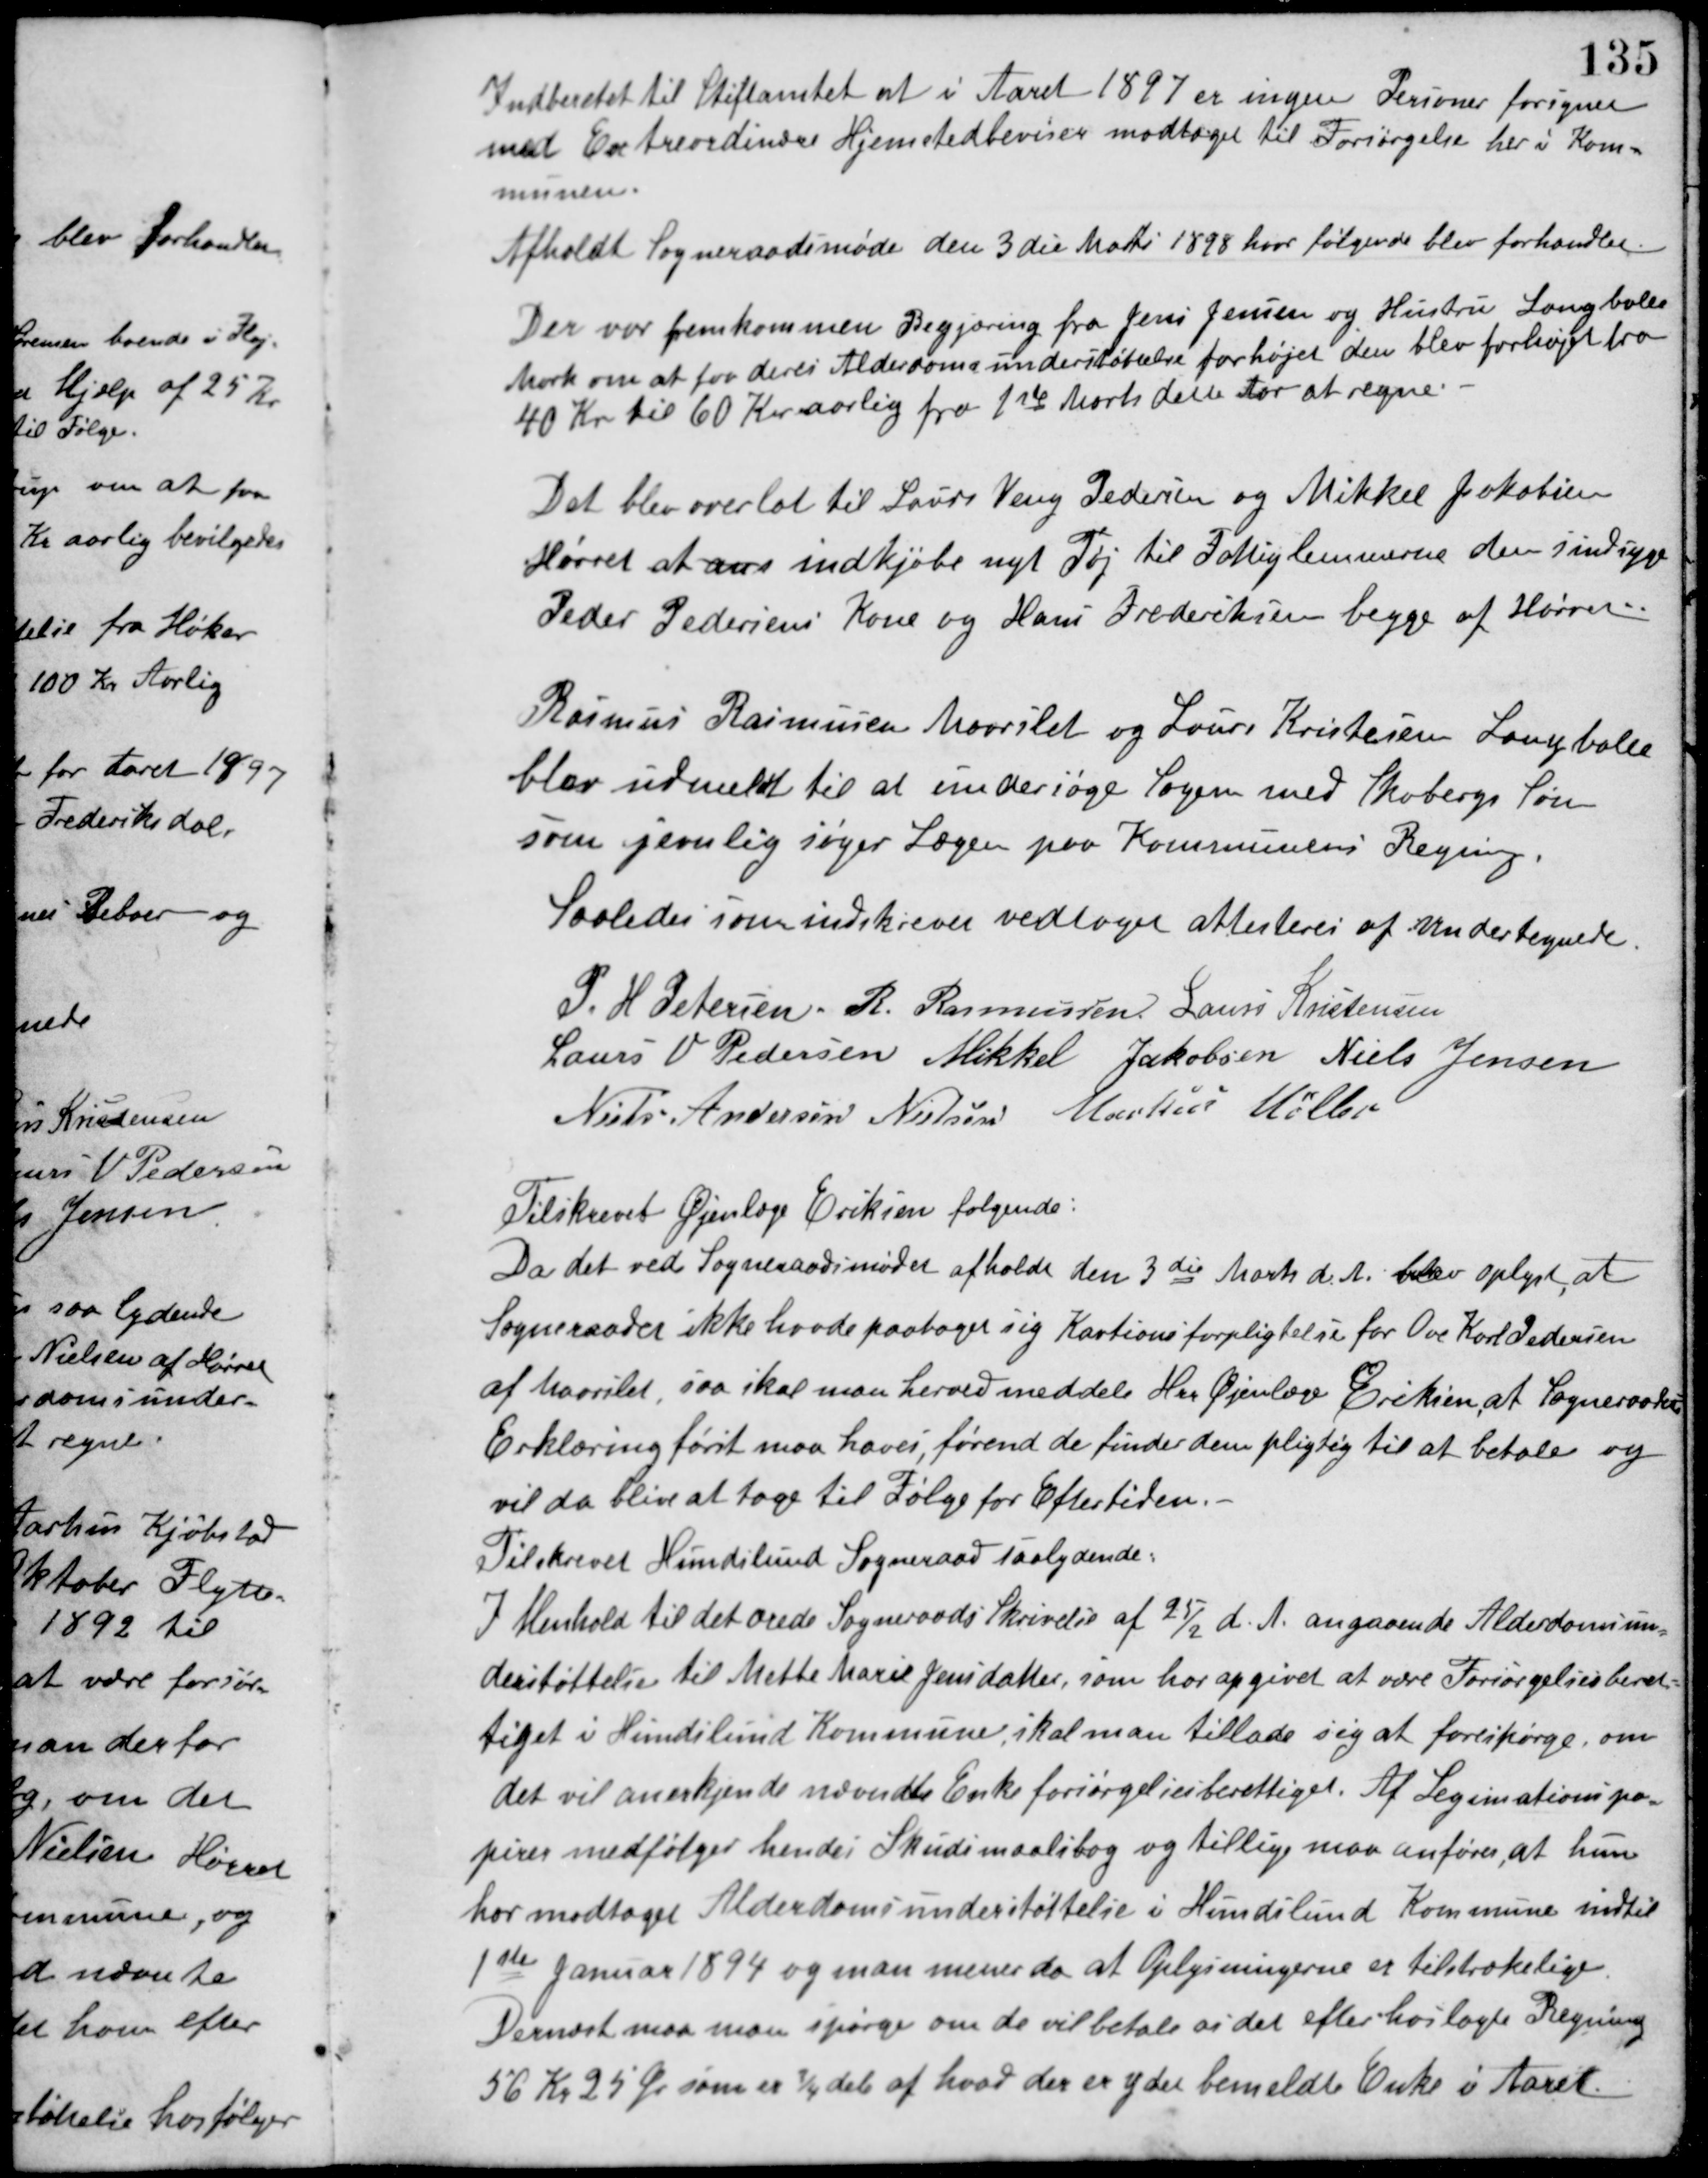
Transskription:
Indberetet til Stiftamtet at i Aaret 1897 er ingen Personer forigner
med Extraordinære Hjemstedbeviser modtaget til Forsørgelse her i Kom-
munen.
Afholdt Sogneraadsmøde den 3die Marts 1898 hvor følgende blev forhandlet.
Der var fremkommen Begjæring fra Jens Jensen og Hustru Langballe
Mark om at faa deres Alderdomsunderstøttelse forhøjet den blev forhøjet fra
40 Kr. til 60 Kr. aarlig fra 1ste Marts dette Aar at regne.
Det blev overlat til Laurs Veng Pedersen og Mikkel Jakobsen
Hørret at ans indkjøbe nyt Tøj til Fattiglemmerne den sindsyge
Peder Pedersens Kone og Hans Frederiksen begge af Hørret.
Rasmus Rasmussen Maarslet og Laurs Kristesen Langballe
blev udmeldt til at undersøge Sagen med Skobergs Søn
som jævnlig søger Lægen paa Kommunens Regning.
Saaledes som indskrevet vedtaget attesteres af Undertegnede.
P. H. Petersen R. Rasmussen Laurs Kristensen
Laurs V. Pedersen Mikkel Jakobsen Niels Jensen
Niels Andersen Nielsen Markus Møller
Tilskrevet Øjenlæge Eriksen følgende:
Da det ved Sogneraadsmødet afholdt den 3die Marts d. A. blev oplyst, at
Sogneraadet ikke havde paataget sig Kautionsforpligtelse for Ove Karl Pedersen
af Maarslet, saa skal man herved meddele Hrr. Øjenlæge Eriksen at Sogneraadets
Erklæring først maa haves, førend de finder dem pligtig til at betale og
vil da blive at tage til Følge for Eftertiden.
Tilskrevet Hundslund Sogneraad saalydende:
I Henhold til det ærede Sogneraads Skrivelse af 25/2 d. A. angaaende Alderdomsun-
derstøttelse til Mette Marie Jensdatter, som har opgivet at være Forsørgelsesberet-
tiget i Hundslund Kommune, skal man tillade sig at forespørge, om
det vil anerkjende nævndte Enke forsørgelsesberettiget. Af Legimationspa-
pirer medfølger hendes Skudsmaalsbog og tillige maa anføres, at hun
har modtaget Alderdomsunderstøttelse i Hundslund Kommune indtil
1ste Januar 1894 og man mener da at Oplysningerne er tilstrækelige.
Dernæst maa man spørge om de vil betale os det efter hoslagte Regning
56 Kr. 25 Øre som er 3/4 af hvad der er ydet bemeldte Enke i Aaret.